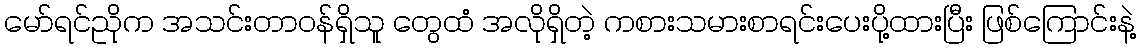
မော်ရင်ညိုက အသင်းတာဝန်ရှိသူ တွေထံ အလိုရှိတဲ့ ကစားသမားစာရင်းပေးပို့ထားပြီး ဖြစ်ကြောင်းနဲ့